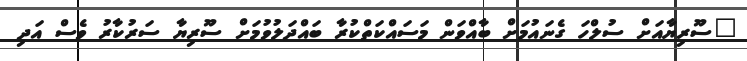
"ސޫރިޔާއަށް ސުލްހަ ގެނައުމަށް ބާއްވަން މަސައްކަތްކުރާ ބައްދަލުވުމަށް ސޫރިޔާ ސަރުކާރު ވެސް އަދި